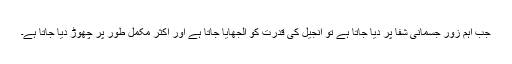
جب اہم زور جسمانی شفا پر دیا جاتا ہے تو انجیل کی قدرت کو اُلجھایا جاتا ہے اور اکثر مکمل طور پر چھوڑ دیا جاتا ہے۔